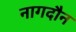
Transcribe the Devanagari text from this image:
नागदौन